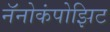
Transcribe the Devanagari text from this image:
नॅनोकंपोझिट